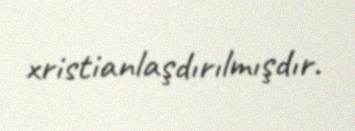
xristianlaşdırılmışdır.